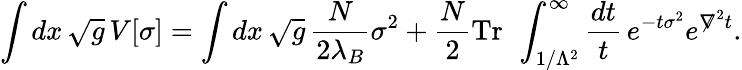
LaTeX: \int dx\, \sqrt{g}\, V[\sigma]=\int dx\, \sqrt{g}\, \frac{N}{2\lambda_{B}}\sigma^{2}+\frac{N}{2}\mathrm{Tr~}\, \int_{1/\Lambda^{2}}^{\infty}\frac{dt}{t}\, e^{-t\sigma^{2}}e^{\not\nabla^{2}t}.